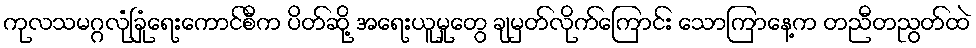
ကုလသမဂ္ဂလုံခြုံရေးကောင်စီက ပိတ်ဆို့ အရေးယူမှုတွေ ချမှတ်လိုက်ကြောင်း သောကြာနေ့က တညီတညွတ်ထဲ